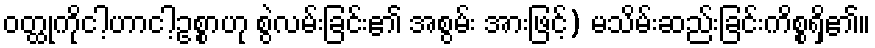
ဝတ္ထုကိုငါ့ဟာငါ့ဥစ္စာဟု စွဲလမ်းခြင်း၏ အစွမ်း အားဖြင့်) မသိမ်းဆည်းခြင်းကိစ္စရှိ၏။